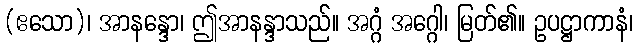
(ဧသော)၊ အာနန္ဒော၊ ဤအာနန္ဒာသည်။ အဂ္ဂံ အဂ္ဂေါ၊ မြတ်၏။ ဥပဋ္ဌာကာနံ၊